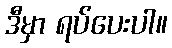
ဒီမှာ ရပ်ပေးပါ။